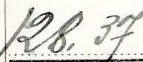
128.37